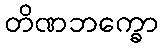
တိဏဘက္ခော